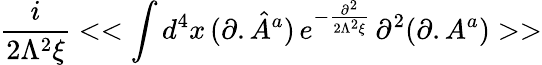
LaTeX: \frac{i}{2\Lambda^{2}\xi}<<\int d^{4}x\, (\partial.{\hat{A}}^{a})\, e^{-\frac{\partial^{2}}{2\Lambda^{2}\xi}}\, \partial^{2}(\partial.A^{a})>>